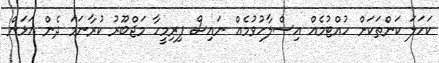
ކަހަލަ ކަންތަކަށް ހުއްޓުމެއް އިސްލާހުވުމެއް ނައިސް ފިރިމީހާ މަޖްބޫރު ކުރާނަމަ ދެން އަޅަން